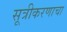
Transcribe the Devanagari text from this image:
सूत्रीकरणाचा